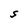
Character: S